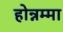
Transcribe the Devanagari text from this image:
होन्नम्मा